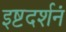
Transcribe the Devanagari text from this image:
इष्टदर्शनं